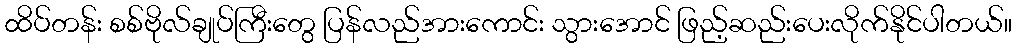
ထိပ်တန်း စစ်ဗိုလ်ချုပ်ကြီးတွေ ပြန်လည်အားကောင်း သွားအောင် ဖြည့်ဆည်းပေးလိုက်နိုင်ပါတယ်။